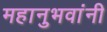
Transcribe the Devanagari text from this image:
महानुभवांनी